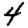
Digit: 4